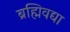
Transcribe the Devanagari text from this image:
ब्रह्मिवद्या